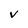
Character: v